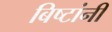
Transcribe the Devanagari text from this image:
बिष्टांनी